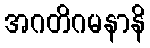
အဂတိဂမနာနိ